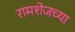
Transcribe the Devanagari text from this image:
रामशेजच्या